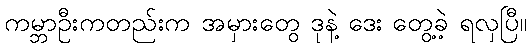
ကမ္ဘာဦးကတည်းက အမှားတွေ ဒုနဲ့ ဒေး တွေ့ခဲ့ ရလှပြီ။